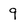
Character: 9